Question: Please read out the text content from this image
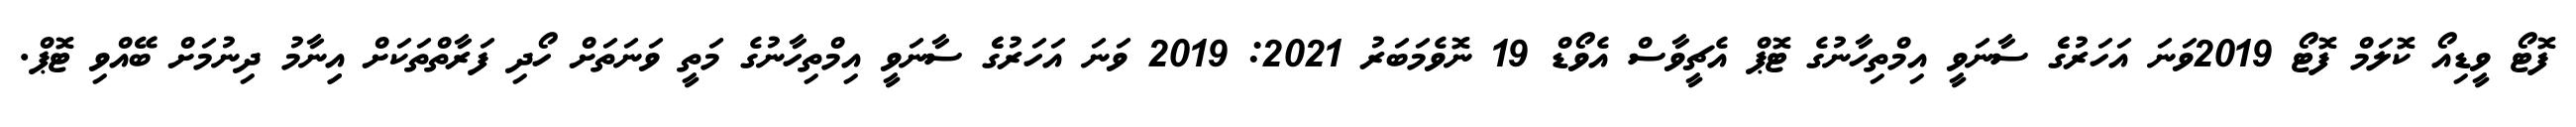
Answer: ފޮޓޯ ވީޑިއޯ ކޮލަމް ފޮޓޯ 2019ވަނަ އަހަރުގެެ ސާނަވީ އިމްތިހާނުގެ ޓޮޕް އެޗީވާސް އެވޯޑް 19 ނޮވެމަބަރު 2021: 2019 ވަނަ އަހަރުގެެ ސާނަވީ އިމްތިހާނުގެ މަތީ ވަނަތަށް ހޯދި ފަރާތްތަކަށް އިިނާމު ދިނުމަށް ބޭއްވި ޓޮޕް.